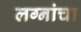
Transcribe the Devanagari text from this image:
लग्नांचा